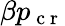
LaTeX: \beta p_{\mathrm{~c~r~}}